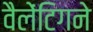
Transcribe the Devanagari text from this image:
वैलेंटिगने